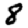
Digit: 8